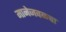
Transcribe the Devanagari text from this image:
मानेजवळचा